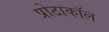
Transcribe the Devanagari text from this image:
प्रोटाकॉल